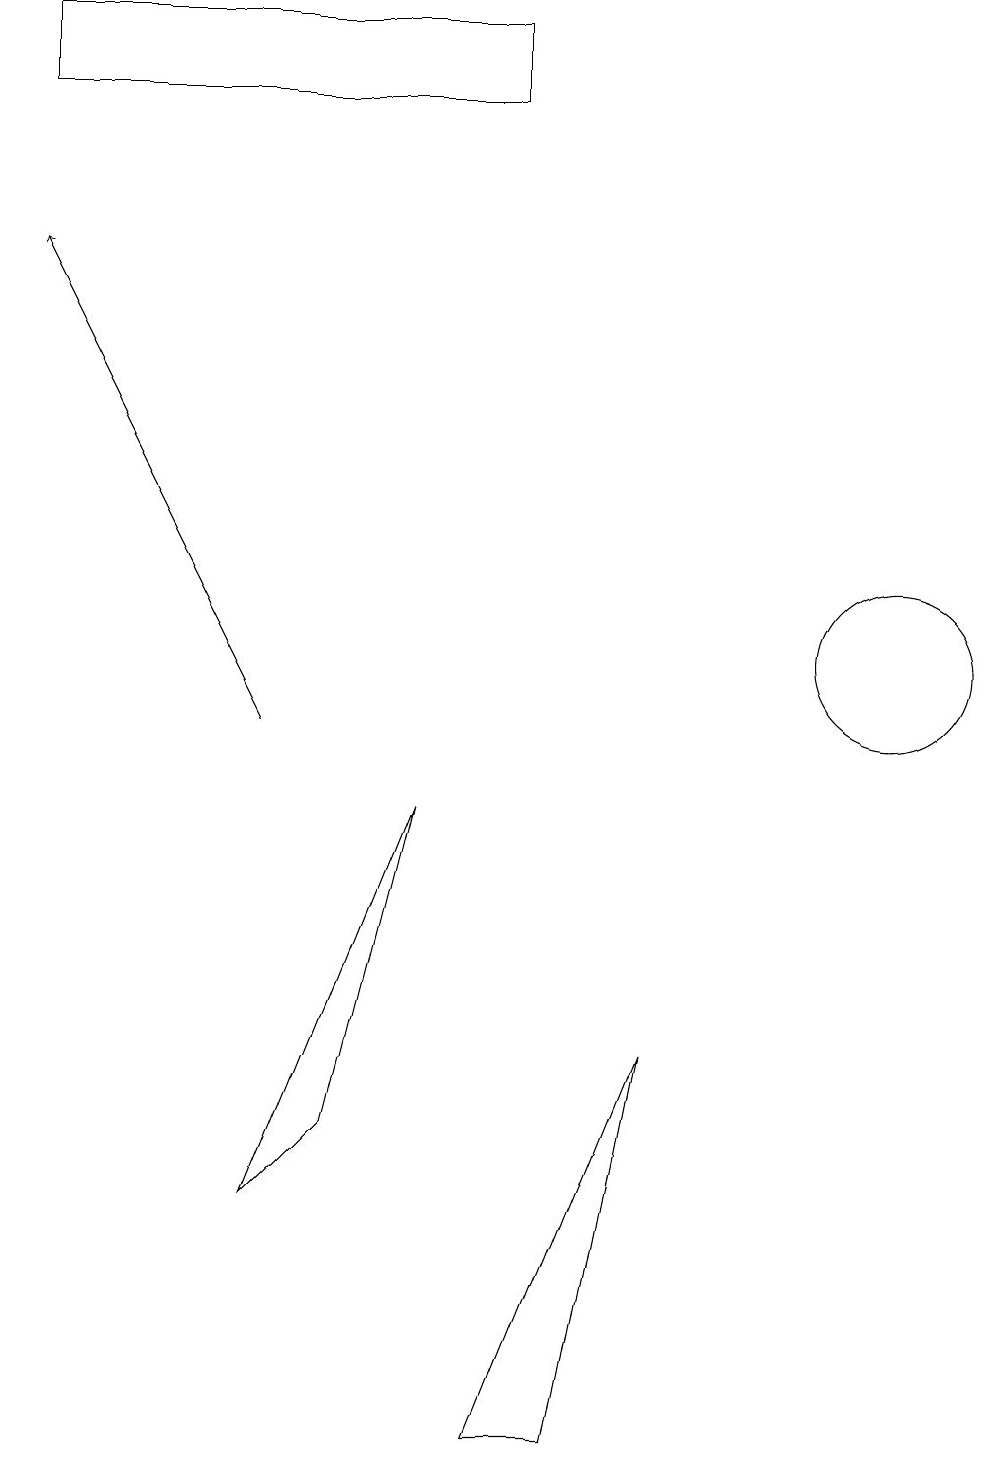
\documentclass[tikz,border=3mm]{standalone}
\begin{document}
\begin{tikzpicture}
\draw (7,1) -- (8,6) -- (6,1) -- cycle;
\draw (3,4) -- (4,5) -- (5,9) -- cycle;
\draw[->] (3,10) -- (0,16);
\draw (11,11) circle (1);
\draw (0,18) rectangle (6,19);
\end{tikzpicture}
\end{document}